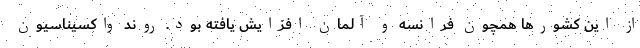
از این کشورها همچون فرانسه و آلمان افزایش یافته بود. روند واکسیناسیون